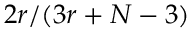
2 r / ( 3 r + N - 3 )